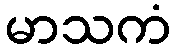
မာသကံ